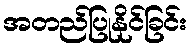
အတည်ပြုနိုင်ခြင်း